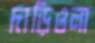
দাড়িওলা